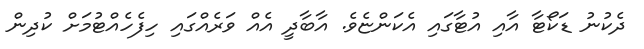
ދެކުނު ޑަކޯޓާ އާއި އުޓާގައި އެކަންޏެވެ. އާބާދީ އެއް ވަރެއްގައި ހިފެހެއްޓުމަށް ކުދިން